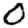
Digit: 0